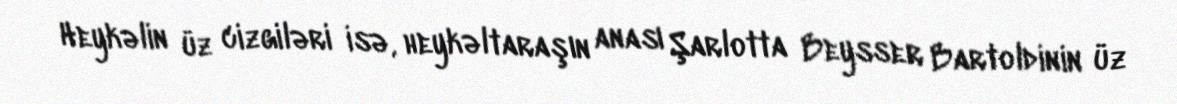
Heykəlin üz cizgiləri isə, heykəltaraşın anası Şarlotta Beysser Bartoldinin üz